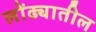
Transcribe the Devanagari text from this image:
लोंढ्यातील